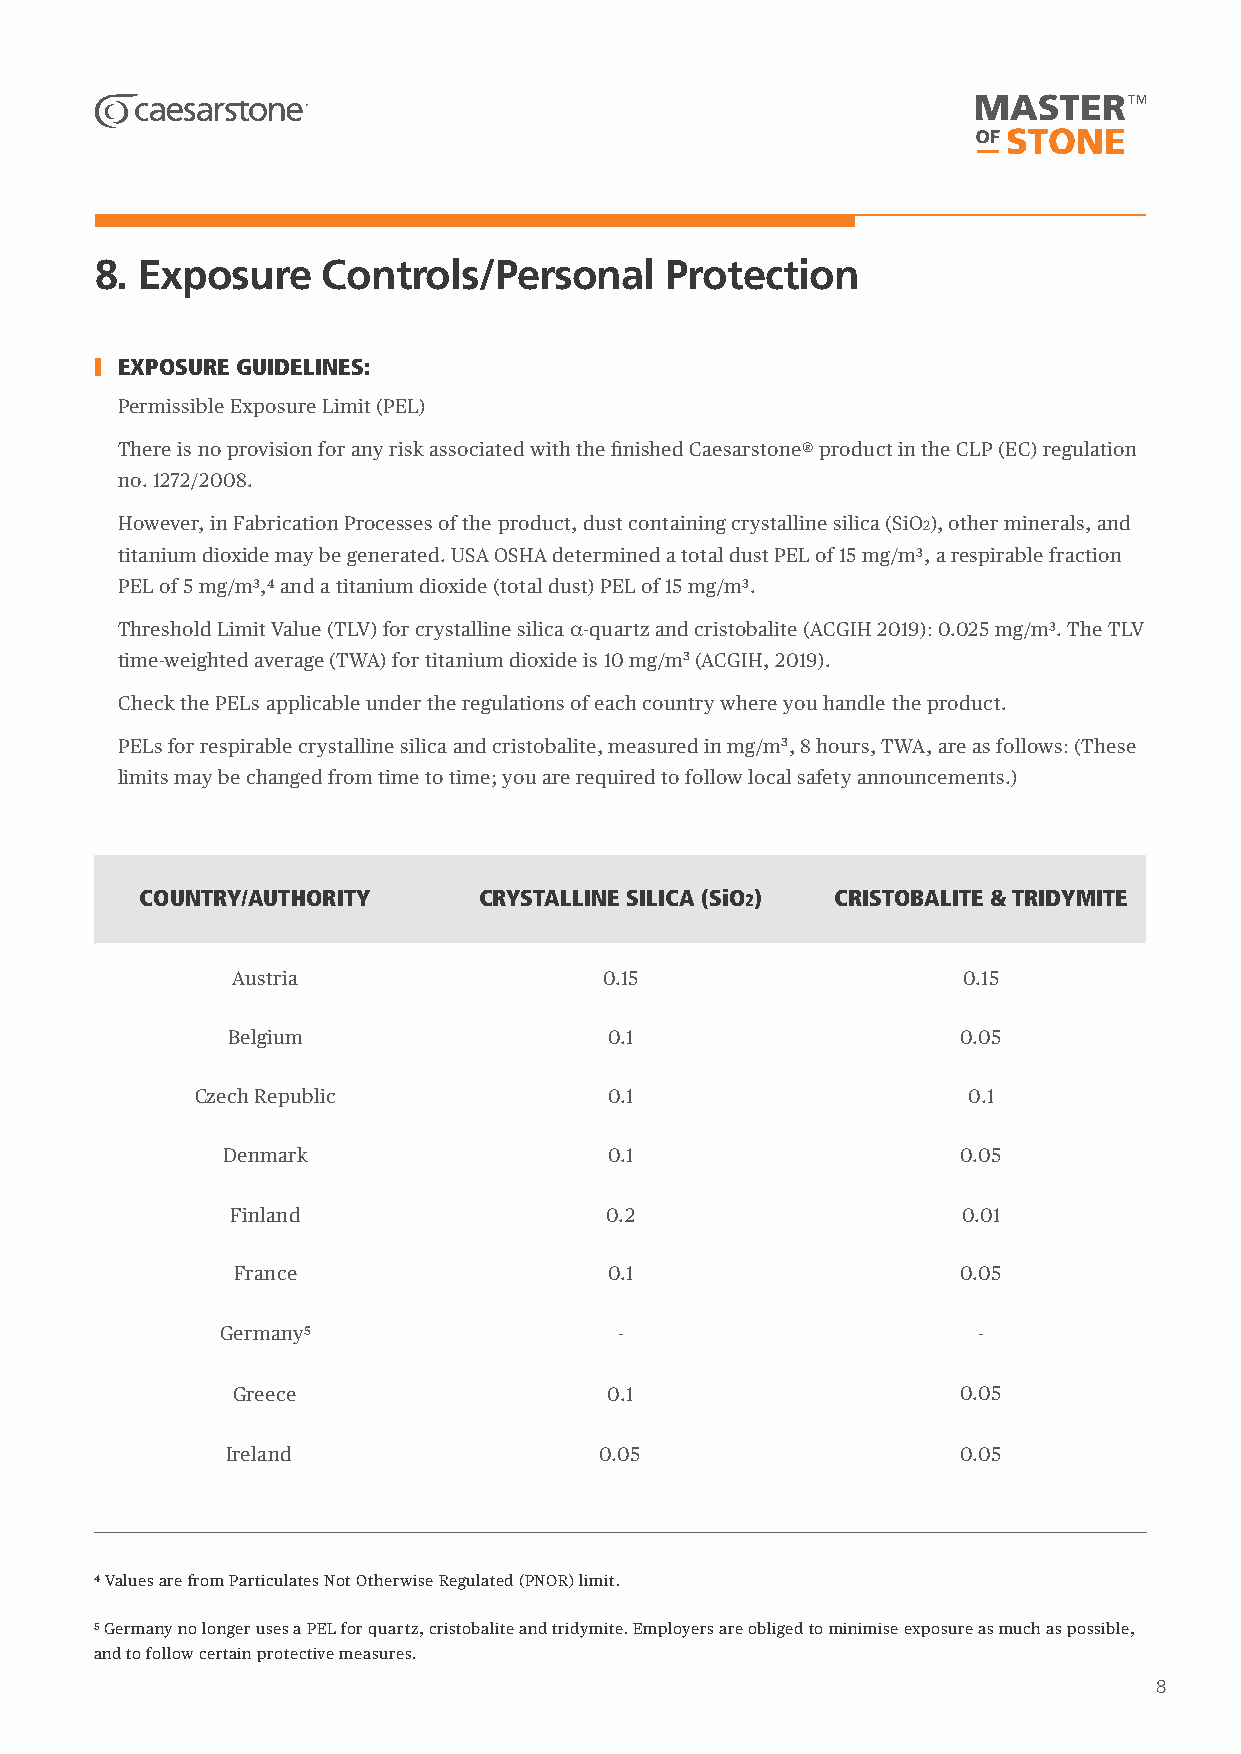
8. Exposure    Controls/Personal      Protection
 EXPOSURE GUIDELINES:
 Permissible Exposure Limit (PEL)
 There is no provision for any risk associated with the finished Caesarstone® product in the CLP (EC) regulation
 no. 1272/2008.
 However, in Fabrication Processes of the product, dust containing crystalline silica (SiO2), other minerals, and
 titanium dioxide may be generated. USA OSHA determined a total dust PEL of 15 mg/m3, a respirable fraction
 PEL of 5 mg/m3,4 and a titanium dioxide (total dust) PEL of 15 mg/m3.
 Threshold Limit Value (TLV) for crystalline silica α-quartz and cristobalite (ACGIH 2019): 0.025 mg/m3. The TLV
 time-weighted average (TWA) for titanium dioxide is 10 mg/m3 (ACGIH, 2019).
 Check the PELs applicable under the regulations of each country where you handle the product.
 PELs for respirable crystalline silica and cristobalite, measured in mg/m3, 8 hours, TWA, are as follows: (These
 limits may be changed from time to time; you are required to follow local safety announcements.)
 COUNTRY/AUTHORITY      CRYSTALLINE SILICA (SiO2) CRISTOBALITE & TRIDYMITE
 Austria                  0.15                    0.15
 Belgium                  0.1                     0.05
 Czech Republic             0.1                     0.1
 Denmark                  0.1                     0.05
 Finland                  0.2                     0.01
 France                   0.1                     0.05
 Germany5                  -                       -
 Greece                   0.1                     0.05
 Ireland                  0.05                    0.05
 4 Values are from Particulates Not Otherwise Regulated (PNOR) limit.
 5 Germany no longer uses a PEL for quartz, cristobalite and tridymite. Employers are obliged to minimise exposure as much as possible,
 and to follow certain protective measures.
 8